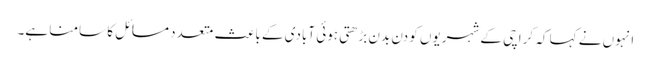
انہوں نے کہا کہ کراچی کے شہریوں کو دن بدن بڑھتی ہوئی آبادی کے باعث متعدد مسائل کا سامنا ہے۔